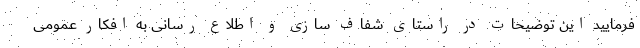
فرمایید این توضیحات در راستای شفاف سازی و اطلاع رسانی به افکار عمومی